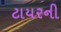
ટાયરની